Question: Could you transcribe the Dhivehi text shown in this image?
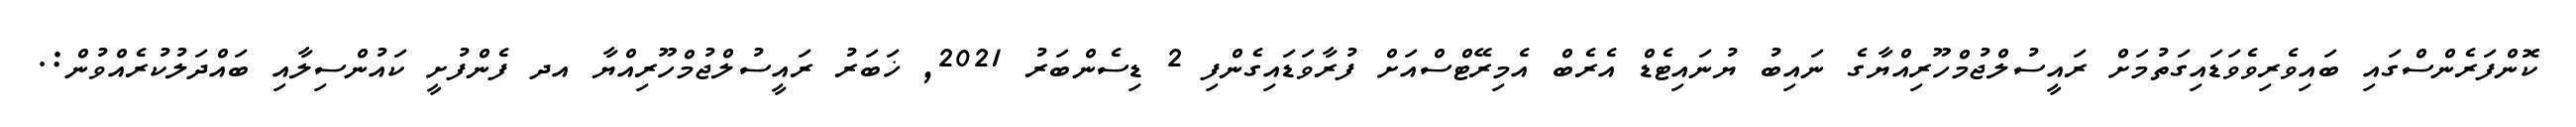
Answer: ކޮންފަރެންސްގައި ބައިވެރިވެވަޑައިގަތުމަށް ރައީސުލްޖުމްހޫރިއްޔާގެ ނައިބު ޔުނައިޓެޑް އެރެބް އެމިރޭޓްސްއަށް ފުރާވަޑައިގެންފި 2 ޑިސެންބަރު 2021, ޚަބަރު ރައީސުލްޖުމްހޫރިއްޔާ އދ ފެންފުށީ ކައުންސިލާއި ބައްދަލުކުރެއްވުން:.